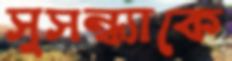
সুসন্ধ্যাকে